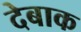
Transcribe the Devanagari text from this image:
देबाक